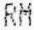
RM